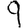
Digit: 9